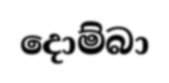
දොම්බා